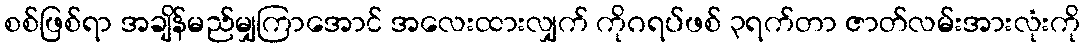
စစ်ဖြစ်ရာ အချိန်မည်မျှကြာအောင် အလေးထားလျှက် ကိုဂရပ်ဖစ် ၃ရက်တာ ဇာတ်လမ်းအားလုံးကို